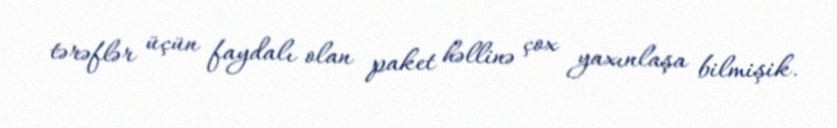
tərəflər üçün faydalı olan paket həllinə çox yaxınlaşa bilmişik.